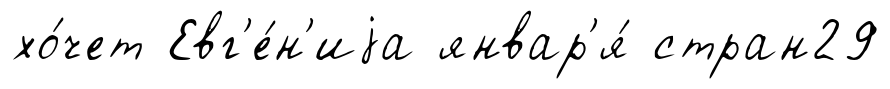
хо́чет Евг'е́н'иjа январ'я́ стран29